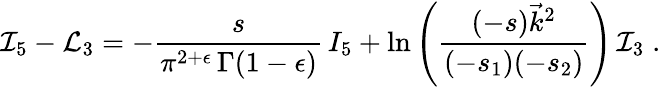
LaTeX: {\cal I}_{5}-{\cal L}_{3}=-\frac{s}{\pi^{2+\epsilon}\, \Gamma(1-\epsilon)}\, I_{5}+\ln\left(\frac{(-s)\vec{k}^{2}}{(-s_{1})(-s_{2})}\right)\, {\cal I}_{3}\; .